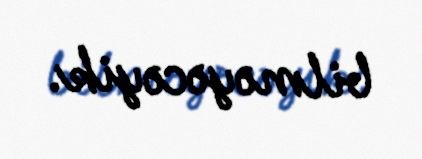
bilməyəcəyik.